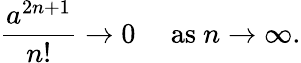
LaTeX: {\frac{a^{2n+1}}{n!}}\to 0\quad{\mathrm{~as~}}n\to\infty.